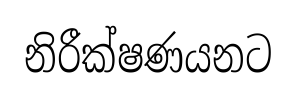
නිරීක්ෂණයනට